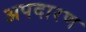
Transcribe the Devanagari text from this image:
अपदारण